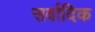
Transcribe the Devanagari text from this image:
सर्वादिक